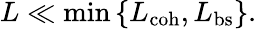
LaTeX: L\ll\operatorname*{min}\left\{ L_{\mathrm{coh}},L_{\mathrm{bs}}\right\} .